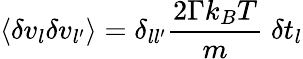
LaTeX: \left\langle\delta v_{l}\delta v_{l^{\prime}}\right\rangle=\delta_{ll^{\prime}}\frac{2\Gamma k_{B}T}{m}\; \delta t_{l}